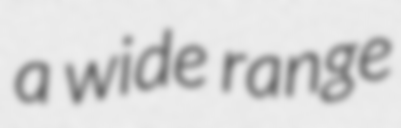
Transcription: a wide range